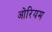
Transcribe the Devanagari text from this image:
ओरियम